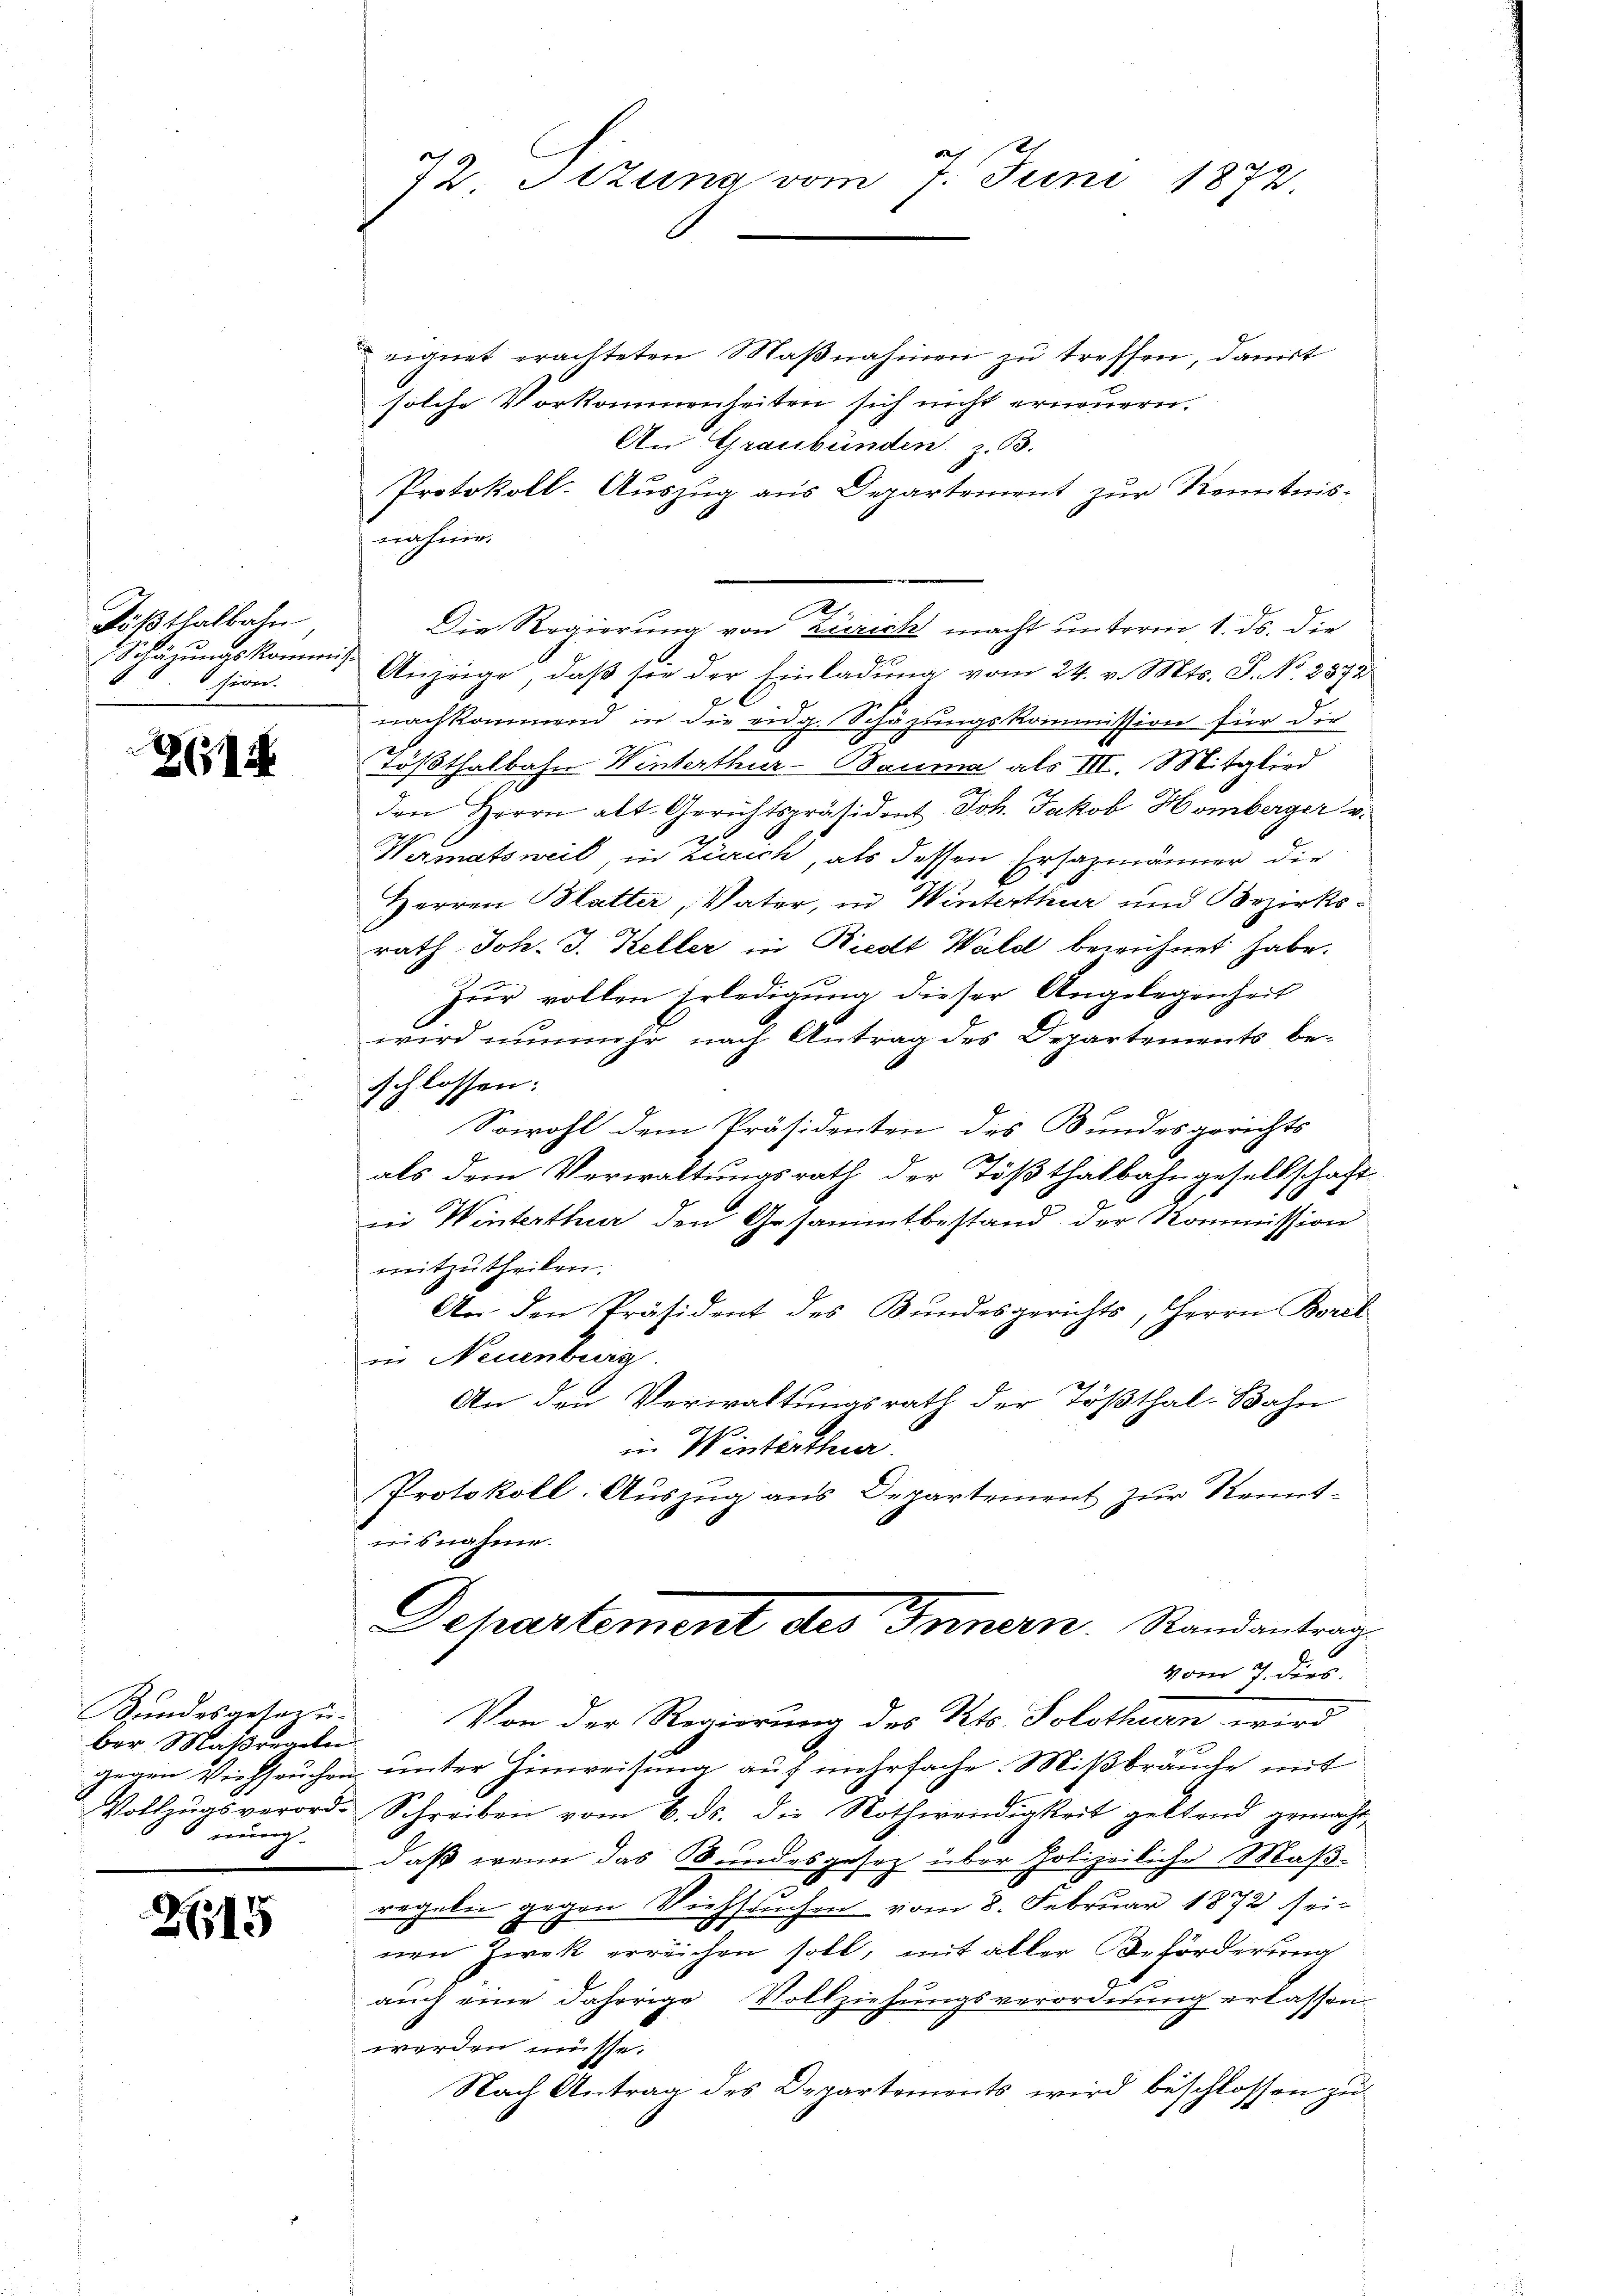
Tößthalbahn,
Schüzŭngskommen
sion.

2614

Bundesgesezu.
ber Maßregeln
gegen Viehseuchen
Vollzugsverord-
nung.

215

72. Situng vom 7. Juni 1872

.

eignet erachteten Maßnahmen zu treffen, damit
solche Vorkommenheiten sich nicht erneuern.
An Graubünden z. B.
Protokoll-Auszug aus Departement zur Kenntnis-
nahme.
Die Regierung von Zürich macht unterm 1. ds. die
Anzeige, daß sie der Einladung vom 24. v. Mts. S. No. 2372
nachkommend in die eidg. Schäzungskommission für dir
lößthalbahn Winterthur–Bauma als III. Mitglied
den Herrn alt-Gerichtspräsident Joh. Jakob Homberger u.
Wermatsweil, in Zürich, als dessen Erhazmänner die
Herren Blatter, Vater, in Winterthur und Bezirksrath Joh. J. Keller in Riedt Wald bezeichnet habe.
Zŭr vollen Erledigung dieser Angelegenheit
wird nunmehr nach Antrag des Departements besschlossen:
Sowohl dem Präsidenten des Bundesgerichts
als dem Verwaltungsrath der Tößthalbahngesellschaft
in Winterthur den Gesammtbestand der Kommission
mitzutheilen.
An den Präsident des Bundesgerichts, Herrn Borel
in Neuenburg
An den Verwaltungsrath der Tößthal-Bahn
in Winterthur.
Protokoll: Auszug aus Departement zur Kennt-
nisnahme.
l
Departement des Innern. Randantrag
vom 7. dies
Von der Regierung des Kts. Solothurn wird
unter Hinweisung auf mehrfache. Mißbräuche mit
Schreiben vom 6. ds. die Nothwendigkeit geltend gemacht,
daß wenn das Bundesgesetz über Polizeiliche Maßregeln gegen Viehseuchen vom 8. Februar 1872 sein
nen Zwek erreichen soll; mit aller Beförderung
9
auch eine daherige Vollziehungsverordnung erlassen
werden müsse.
Nach Antrag des Departements wird beschlossen zu